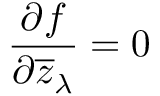
{ \frac { \partial f } { \partial { \overline { { z } } } _ { \lambda } } } = 0